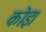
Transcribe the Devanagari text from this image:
कोइ।